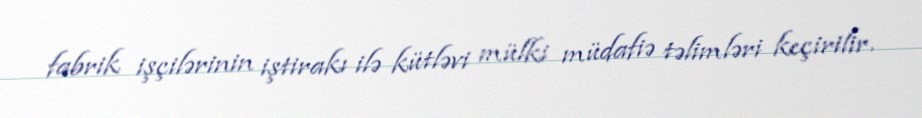
fabrik işçilərinin iştirakı ilə kütləvi mülki müdafiə təlimləri keçirilir.